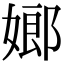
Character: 嫏